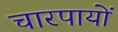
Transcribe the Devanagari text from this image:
चारपायों